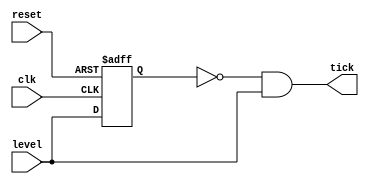
module edge_detector (
    input wire clk, reset,
    input wire level, 
    output reg tick
);

    // signal declaration
    reg delay_reg;

    // delay logic
    always @(posedge clk, posedge reset)
        if(reset)
            delay_reg <= 1'b0;
        else
            delay_reg <= level;
    
    // decoding logic
    assign tick = ~delay_reg & level;

endmodule